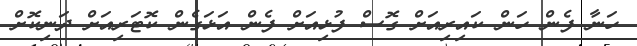
ހަނާ ފެން ހަން ކައިރިއަށް ގޮސް ފުޅިއަށް ފެން އަޅަގެން ކޮޓަރިއަށް ދަނިކޮށް